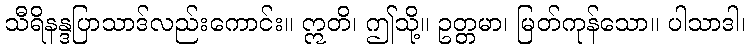
သီရိနန္ဒပြာသာဒ်လည်းကောင်း။ ဣတိ၊ ဤသို့။ ဥတ္တမာ၊ မြတ်ကုန်သော။ ပါသာဒါ၊